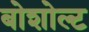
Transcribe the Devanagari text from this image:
बोशोल्ट